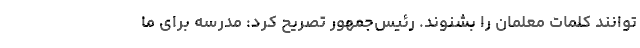
توانند کلمات معلمان را بشنوند. رئیس‌جمهور تصریح کرد: مدرسه برای ما